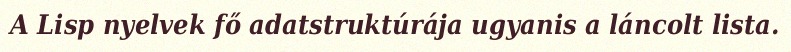
A Lisp nyelvek fő adatstruktúrája ugyanis a láncolt lista.